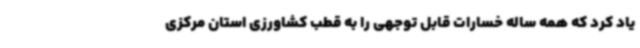
یاد کرد که همه ساله خسارات قابل توجهی را به قطب کشاورزی استان مرکزی